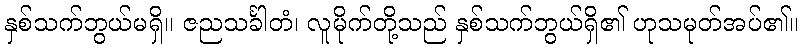
နှစ်သက်ဘွယ်မရှိ။ ဇညသင်္ခါတံ၊ လူမိုက်တို့သည် နှစ်သက်ဘွယ်ရှိ၏ ဟုသမုတ်အပ်၏။